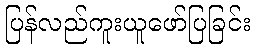
ပြန်လည်ကူးယူဖော်ပြခြင်း